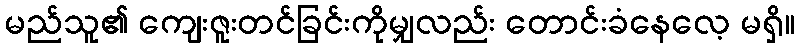
မည်သူ၏ ကျေးဇူးတင်ခြင်းကိုမျှလည်း တောင်းခံနေလေ့ မရှိ။